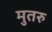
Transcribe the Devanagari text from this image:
मुतरु